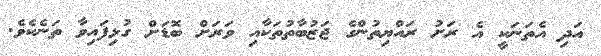
އަދި އެތަނަކީ އެ ރަށު ރައްޔިތުންގެ ޖަޒުބާތުތަކާއި ވަރަށް ބޮޑަށް ގުޅިފައިވާ ތަނެކެވެ.